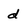
Character: d